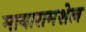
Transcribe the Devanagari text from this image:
मायारामशेल